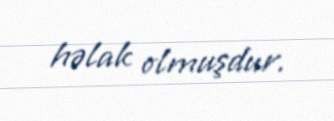
həlak olmuşdur.